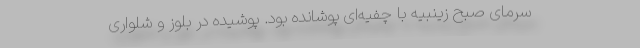
سرمای صبح زینبیه با چفیه‌ای پوشانده بود. پوشیده در بلوز و شلواری